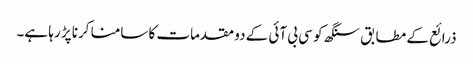
ذرائع کے مطابق سنگھ کو سی بی آئی کے دو مقدمات کا سامنا کرنا پڑ رہا ہے۔